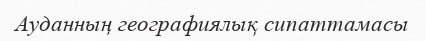
Ауданның географиялық сипаттамасы